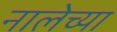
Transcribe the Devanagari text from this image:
नालेच्या